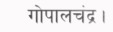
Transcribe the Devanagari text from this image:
गोपालचंद्र।